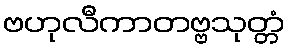
ဗဟုလီကာတဗ္ဗသုတ္တံ